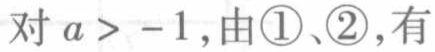
对 \(a > -1\)，由\textcircled{1}、\textcircled{2}，有